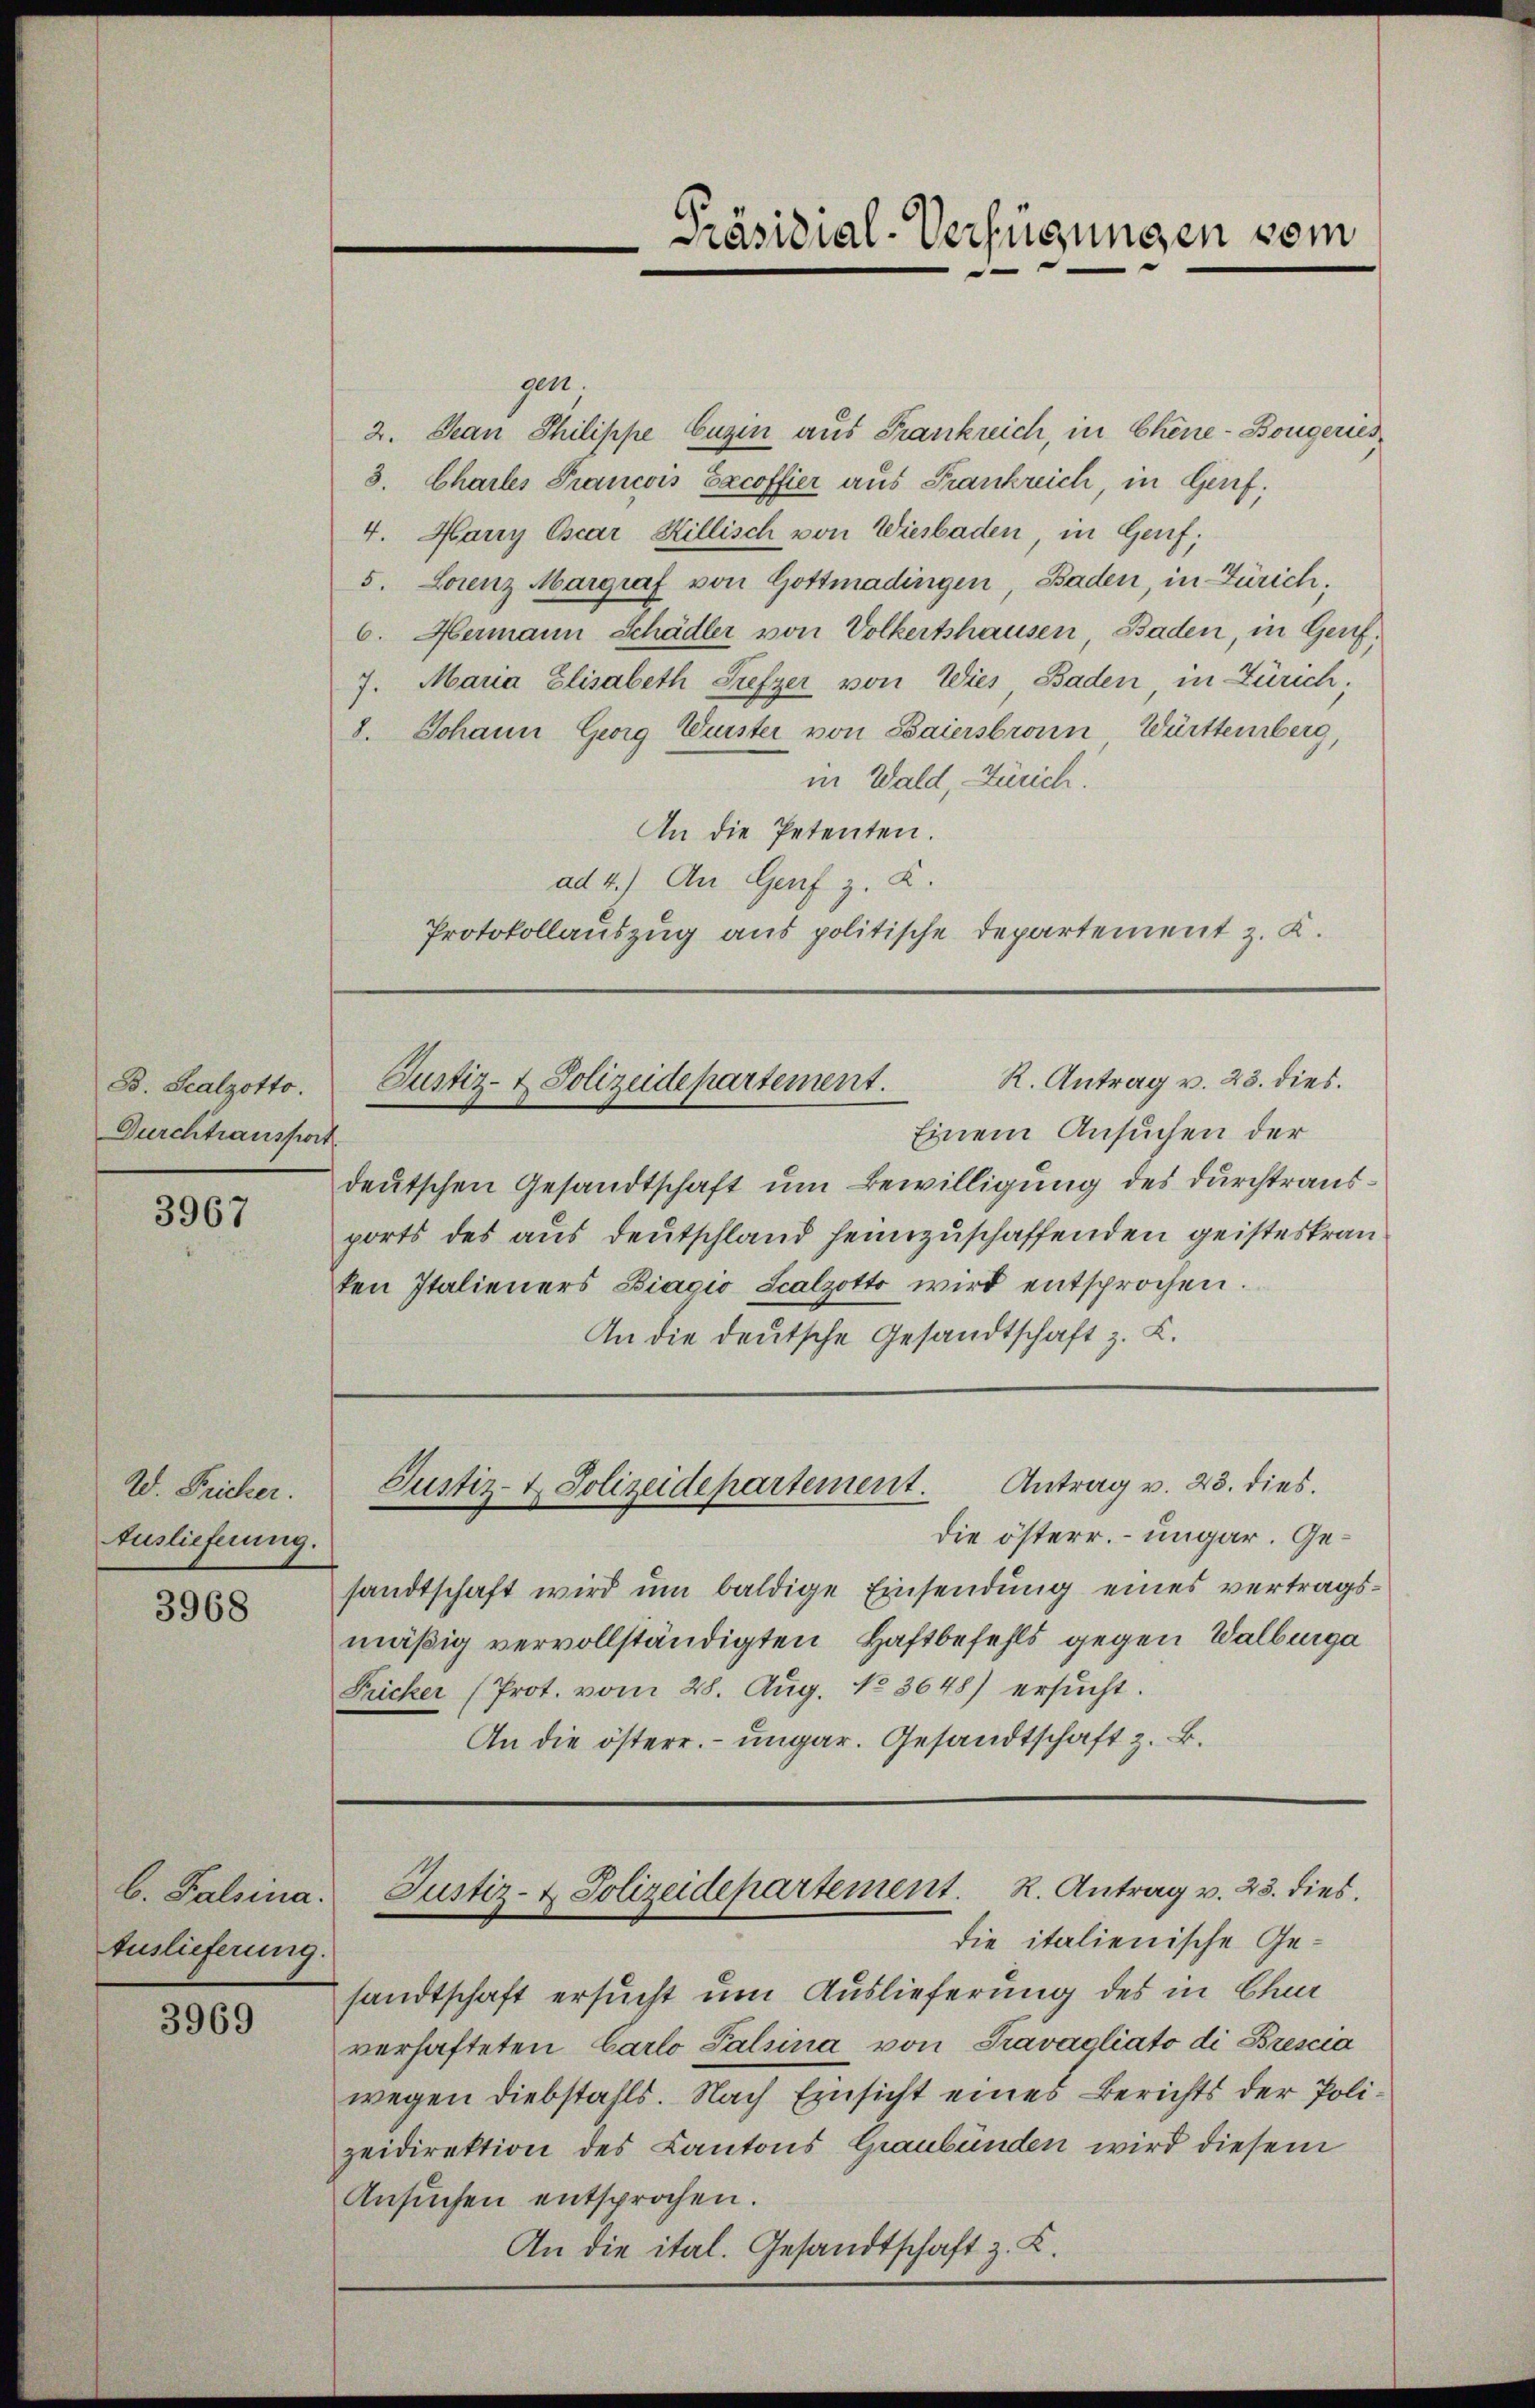
B. Scalzotto.
Durchtransport

3967

Wd. Fricker.
Auslieferung.

3968

b. Falsia.
Auslieferung.

3969

Präsidial-Verfügungen vom

gen.
2. Jean Philippe buzen aus Frankreich, in Chine-Bougeries
3. Chartes Francois Excoffier aus Frankreich, in Genf,
4. Harry Cscar Hillisch von Wiesbaden, in Genf;
5. Lorenz Margraf von Gottmadingen, Baden, in Zürich;
6. Hermann Schädler von Volkertshausen, Baden, in Genf,
7. Mana Elisabeth Siefzer von Wies Baden in Zürich;
8. Johann Georg Weister von Baiersbronn, Württemberg,
in Wald, Zürich.
An die Petenten.
ad 4.) An Genf z. R.
Protokollauszug aus politische Departement z. K.

R. Antrag v. 23. dies
Justiz- & Polizeidepartement.

Einem Ansuchen der
deutschen Gesandtschaft um Bewilligung des durchtrausports des aus deutschland heimzuschaffenden geisteskranken Italieners Biagio Scalzott wird entsprochen.
An die deutsche Gesandtschaft z. B.

Justiz- & Polizeidepartement. Antrag v. 23. dies

die österr. – ungar. Gesandtschaft wird um baldige Einsendung eines vertragsmäßig vervollständigten Haftbefehls gegen Walburga
Fricker (Prot. vom 28. Aug. No 3648) ersŭcht.
An die österr. ungar. Gesandtschaft z. B.

Justiz- & Polizeidepartement. K. Antrag v. 23. dies

die italienische Gesandtschaft ersucht um Auslieferung des in Chur
verhafteten Carlo Talsina von Gravagliato di Brescia
wegen Diebstahls. Nach Einsicht eines Berichts der Polizeidirektion des Kantons Graubünden wird diesem
Ansuchen entsprochen.
An die ital. Gesandtschaft z. K.